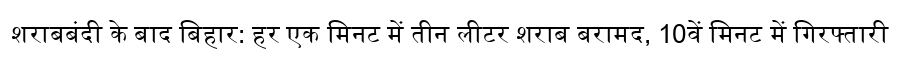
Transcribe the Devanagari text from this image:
शराबबंदी के बाद बिहार: हर एक मिनट में तीन लीटर शराब बरामद, 10वें मिनट में गिरफ्तारी